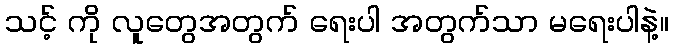
သင့် ကို လူတွေအတွက် ရေးပါ အတွက်သာ မရေးပါနဲ့။